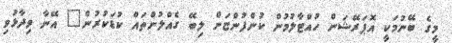
މީގެ ބޭނުމަކީ އޮޕަރޭޝަން ހުއްޓާލުމުން ކުންފުންޏަށް ލިބޭ ގެއްލުންތައް ކުޑަކުރުން" އޭނާ ވިދާޅުވި